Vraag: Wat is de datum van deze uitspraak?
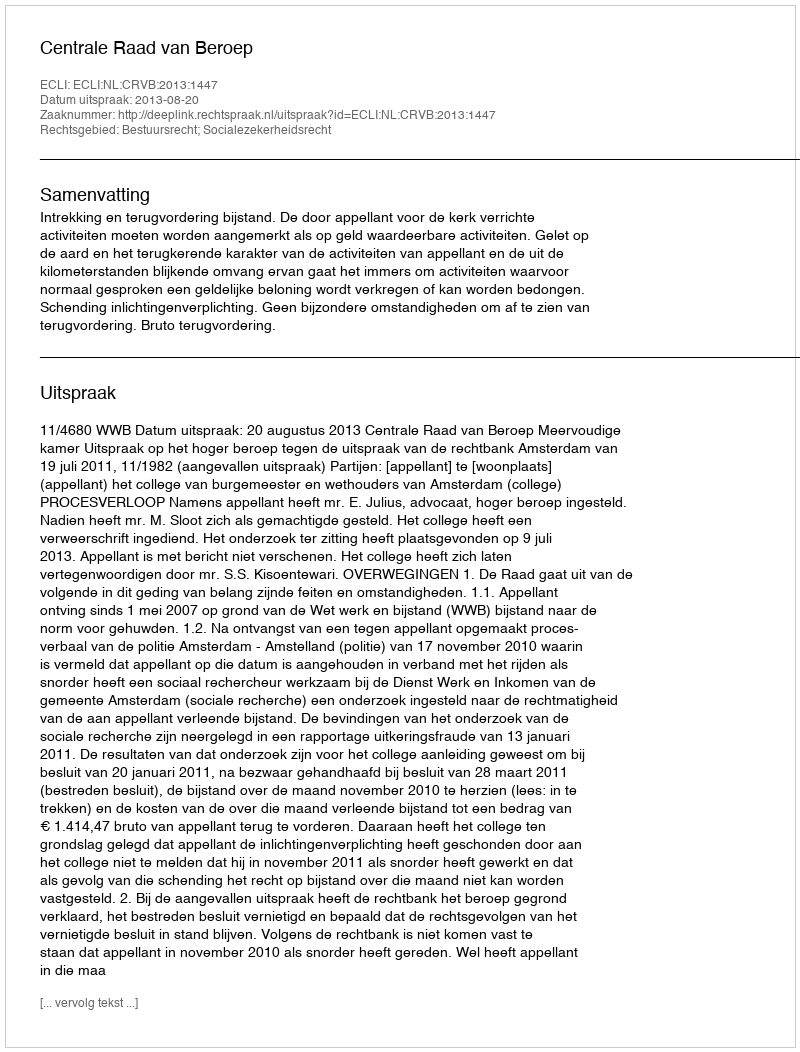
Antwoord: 2013-08-20